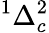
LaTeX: ^{1}\Delta_{c}^{2}